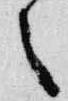
之